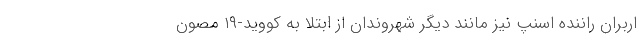
اربران راننده اسنپ نیز مانند دیگر شهروندان از ابتلا به کووید-۱۹ مصون